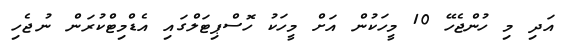
އަދި މި ހުންޖެހޭ 10 މީހަކުން އަށް މީހަކު ހޮސްޕިޓަލްގައި އެޑްމިޓްކުރަން ނުޖެހި